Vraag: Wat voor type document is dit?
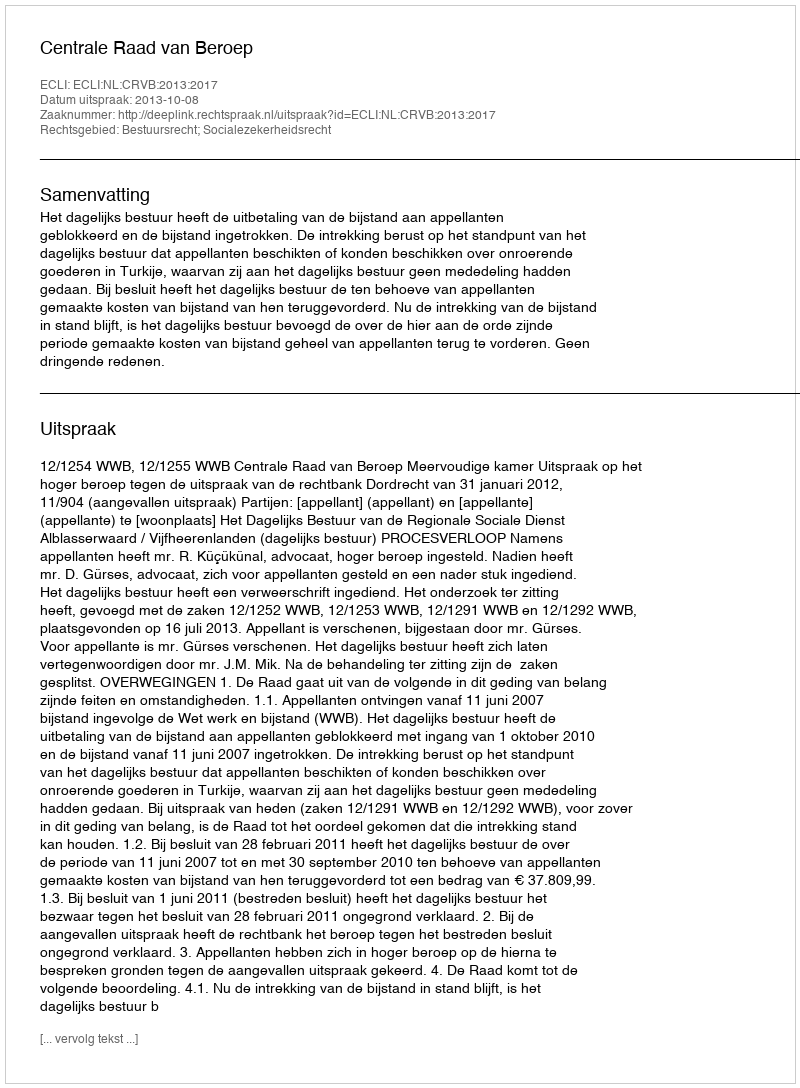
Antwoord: Uitspraak